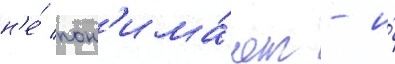
н'е́ пон'има́ют - и́